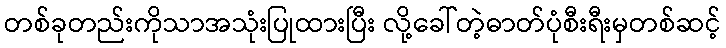
တစ်ခုတည်းကိုသာအသုံးပြုထားပြီး လို့ခေါ်တဲ့ဓာတ်ပုံစီးရီးမှတစ်ဆင့်